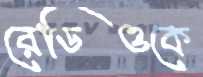
রেডিওকে